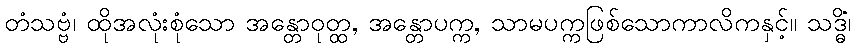
တံသဗ္ဗံ၊ ထိုအလုံးစုံသော အန္တောဝုတ္ထ, အန္တောပက္က, သာမပက္ကဖြစ်သောကာလိကနှင့်။ သဒ္ဓိံ၊